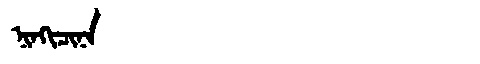
Manchu: ᠨᡳᠨᡴᡳᠴᡳᠨᠠ
Romanization: NINKICINA